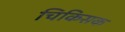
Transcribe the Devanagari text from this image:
चिकिसक